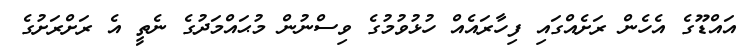
އައްޑޫގެ އެހެން ރަށެއްގައި ފިހާރައެއް ހުޅުވުމުގެ ވިސްނުން މުޙައްމަދުގެ ނެތީ އެ ރަށްރަށުގެ